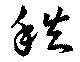
秩